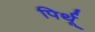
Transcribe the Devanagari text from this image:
पिर्थू